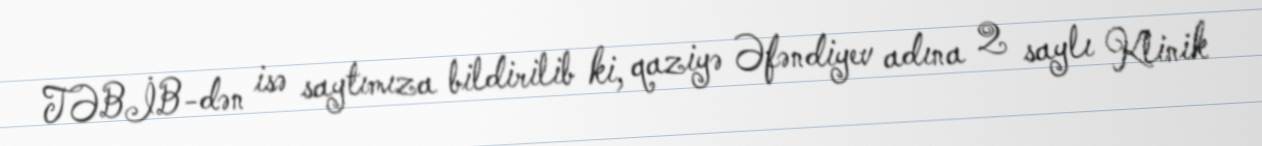
TƏBİB-dən isə saytımıza bildirilib ki, qaziyə Əfəndiyev adına 2 saylı Klinik